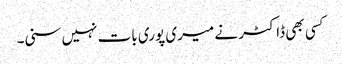
کسی بھی ڈاکٹر نے میری پوری بات نہیں سنی۔